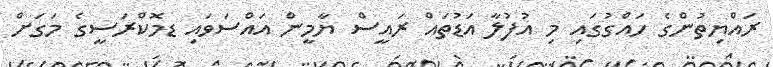
ރައްޔިތުންގެ ހައްގުގައި މި އުފުލާ އަޑުތައް ރައީސް ޔާމީން އައްސަވައި ޑމޮކްރަސީގެ މަގަށް